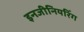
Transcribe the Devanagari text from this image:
इनजीनियरिँग